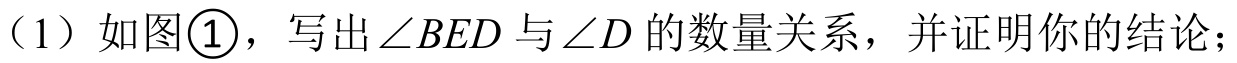
（1）如图\textcircled{1}，写出\(\angle BED\)与\(\angle D\)的数量关系，并证明你的结论；